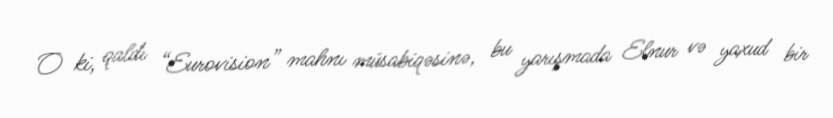
O ki, qaldı “Eurovision” mahnı müsabiqəsinə, bu yarışmada Elnur və yaxud bir